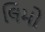
લિમો